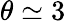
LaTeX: \theta\simeq 3